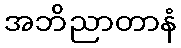
အဘိညာတာနံ